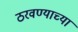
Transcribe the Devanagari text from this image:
ठरवण्याच्या